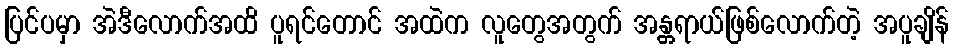
ပြင်ပမှာ အဲဒီလောက်အထိ ပူရင်တောင် အထဲက လူတွေအတွက် အန္တ္တရာယ်ဖြစ်လောက်တဲ့ အပူချိန်